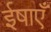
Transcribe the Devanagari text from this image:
ईषाएँ